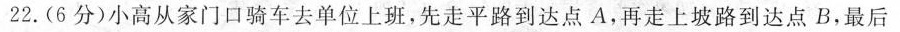
22.(6分)小高从家门口骑车去单位上班，先走平路到达点A，再走上坡路到达点B，最后